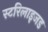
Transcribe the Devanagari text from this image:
स्टरिलाइजड